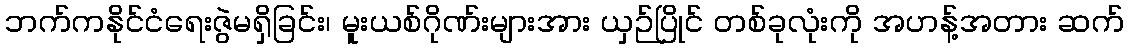
ဘက်ကနိုင်ငံရေးဇွဲမရှိခြင်း၊ မူးယစ်ဂိုဏ်းများအား ယှဉ်ပြိုင် တစ်ခုလုံးကို အဟန့်အတား ဆက်